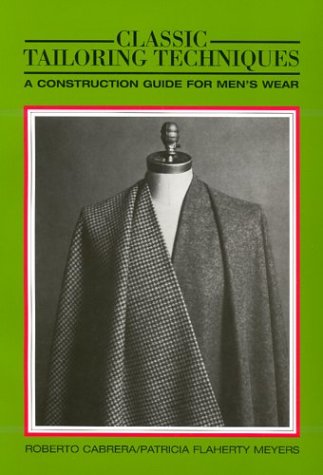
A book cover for Classic Tailoring Techniques: A Construction Guide for Men's Wear (F.I.T. Collection) (Language of Fashion Series); Roberto Cabrera; Health, Fitness & Dieting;